Lunatic asylums Punjab 1868-1880 - 1868-1880
Year: 1868
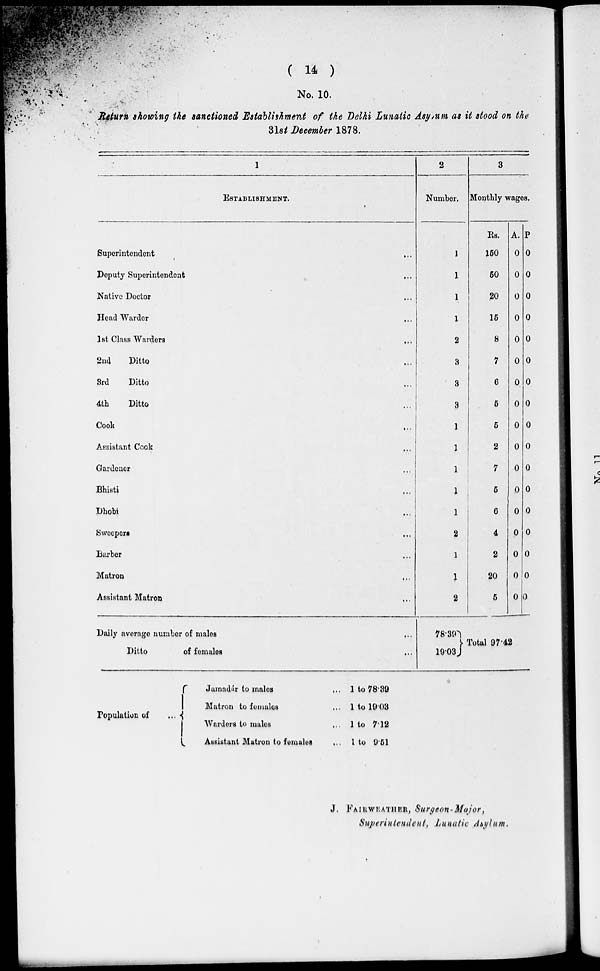
( 14 )
No. 10.
Return showing the sanctioned Establishment
of the Delhi Lunatic Asylum at it stood on the
31st December 1878.
1
ESTABLISHMENT.
Superintendent
...
Deputy Superintendent
...
Native Doctor
...
Head Warder
...
1st Class Warder
...
2nd
Ditto
...
3rd
Ditto
...
4th
Ditto
...
Cook
...
Assistant Cook
...
Gardener
...
Bhisti
...
Dhobi
...
Sweepers
...
Barber
...
Matron
...
Assistant Matron
...
Daily average number of males
...
Ditto
of females
...
2
Number.
1
1
1
1
2
3
3
3
1
1
1
1
1
2
1
1
2
19.03
3
Monthly wages,
Rs.
150
50
20
15
8
7
6
5
6
2
7
6
6
4
2
20
6
A.
0
0
0
0
0
0
0
0
0
0
0
0
0
0
0
0
0
P
0
0
0
0
0
0
0
0
0
0
0
0
0
0
0
0
0
Total 97.42
Population of ...
Jamadár to males
Matron to females
Warders to males
Assistant Matron to females
...
...
...
...
1
1
1
1
to
to
to
to
78.39
19.03
7.12
9.51
J. FAIRWEATHER, Surgeon-Major,
Superintendent, Lunatic Asylum.